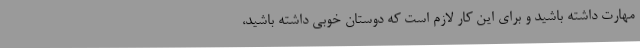
مهارت داشته باشید و برای این کار لازم است که دوستان خوبی داشته باشید،